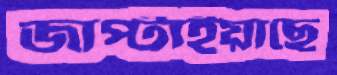
জাপ্‌টাইয়াছে